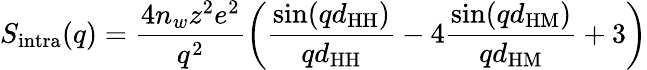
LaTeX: S_{\mathrm{intra}}(q)=\frac{4n_{w}z^{2}e^{2}}{q^{2}}\left(\frac{\sin(qd_{\mathrm{HH}})}{qd_{\mathrm{HH}}}-4\frac{\sin(qd_{\mathrm{HM}})}{qd_{\mathrm{HM}}}+3\right)